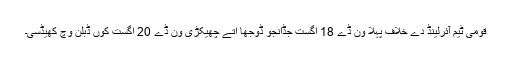
قومی ٹیم آئرلینڈ دے خلاف پہلا ون ڈے 18 اگست جڈانجو ڈوجھا اتے چھیکڑی ون ڈے 20 اگست کوں ڈبلن وچ کھیڈسی۔